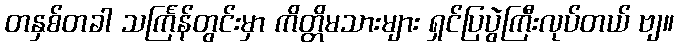
တနှစ်တခါ သင်္ကြန်တွင်းမှာ ကိတ္တိမသားများ ရှင်ပြပွဲကြီးလုပ်တယ် ဗျ။